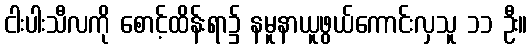
ငါးပါးသီလကို စောင့်ထိန်းရာ၌ နမူနာယူဖွယ်ကောင်းလှသူ ၁၁ ဦး။